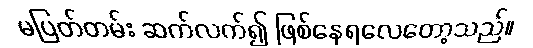
မပြတ်တမ်း ဆက်လက်၍ ဖြစ်နေရလေတော့သည်။